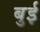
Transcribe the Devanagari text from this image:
बुई